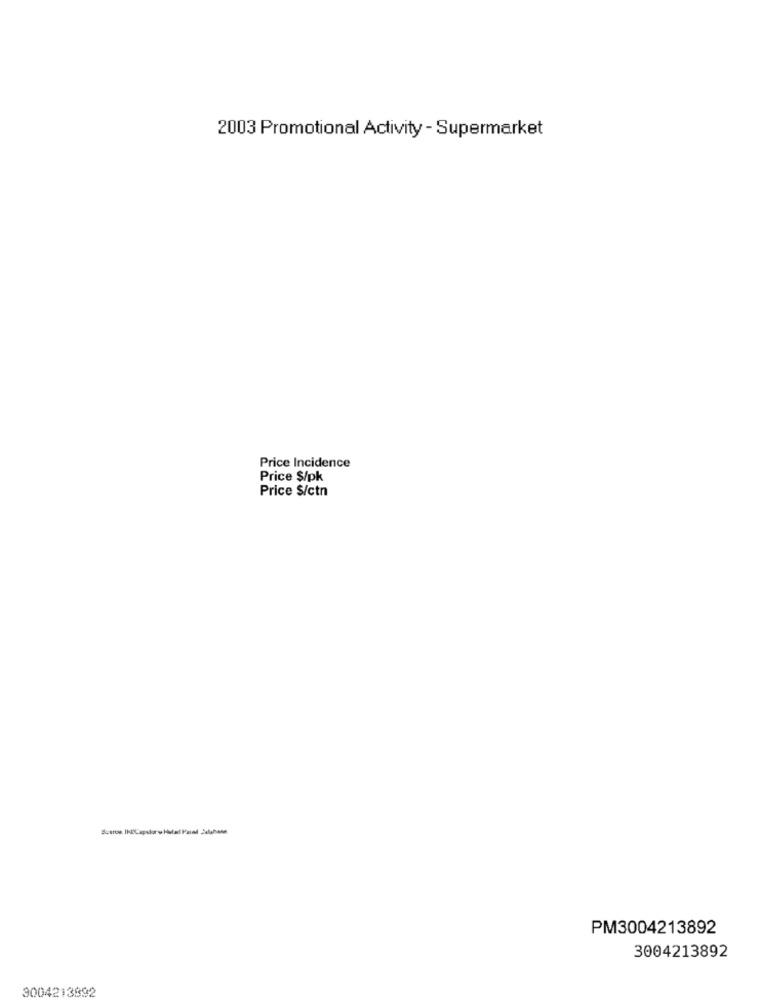
2003 Promotional Activity - Supermarket
Price Incidence
Price $/pk
Price $/ctn
PM3004213892
3004213892
3004213892